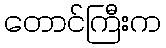
တောင်ကြီးက